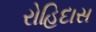
રોહિદાસ